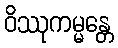
ဝိဿုကမ္မန္တေ